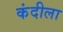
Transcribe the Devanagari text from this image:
कंदीला